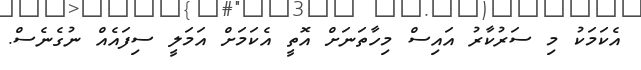
އެކަމަކު މި ސަރުކާރު އައިސް މިހާތަނަށް އޮތީ އެކަމަށް އަމަލީ ސިފައެއް ނުގެނެސް.